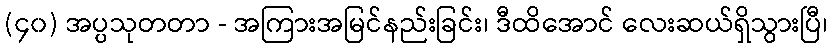
(၄၀) အပ္ပသုတတာ - အကြားအမြင်နည်းခြင်း၊ ဒီထိအောင် လေးဆယ်ရှိသွားပြီ၊